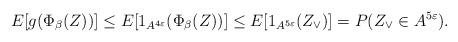
LaTeX: \begin{align*}E[g(\Phi_\beta(Z))]\leq E[1_{A^{4\varepsilon}}(\Phi_\beta(Z))]\leq E[1_{A^{5\varepsilon}}(Z_\vee)]=P(Z_\vee\in A^{5\varepsilon}).\end{align*}